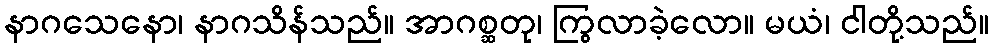
နာဂသေနော၊ နာဂသိန်သည်။ အာဂစ္ဆတု၊ ကြွလာခဲ့လော။ မယံ၊ ငါတို့သည်။